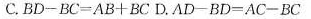
C.$$B D - B C = A B + B C$$ D.$$A D - B D = A C - B C$$